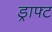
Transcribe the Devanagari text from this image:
ड्राफ्‍ट